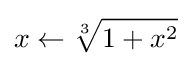
x\gets {\sqrt[{3}]{1+x^{2}}}